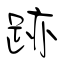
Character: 跡